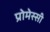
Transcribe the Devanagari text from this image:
प्रोमेस्सी